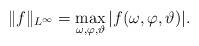
LaTeX: \begin{align*} \lVert f \rVert_{L^{\infty}}=\max_{\omega,\varphi,\vartheta} | f(\omega,\varphi,\vartheta) |. \end{align*}